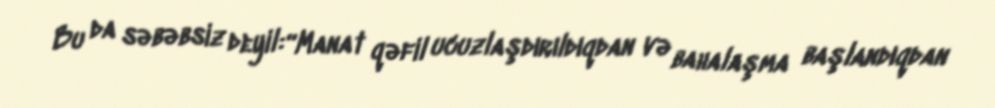
Bu da səbəbsiz deyil:“Manat qəfil ucuzlaşdırıldıqdan və bahalaşma başlandıqdan